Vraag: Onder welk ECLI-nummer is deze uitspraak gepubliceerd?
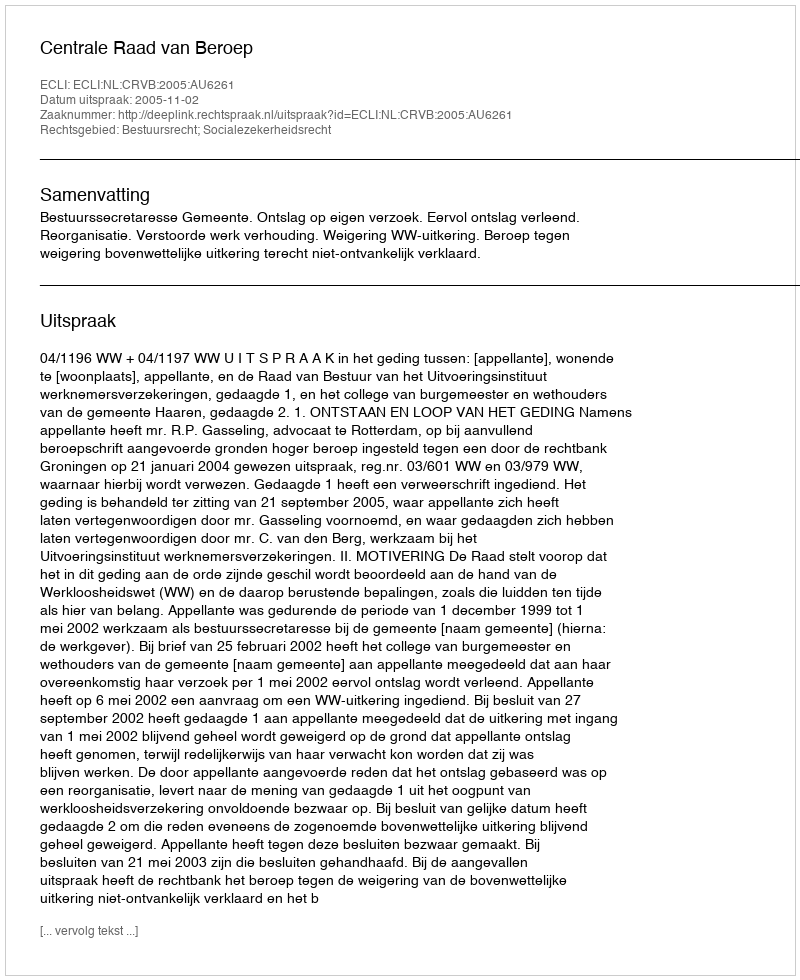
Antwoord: ECLI:NL:CRVB:2005:AU6261